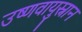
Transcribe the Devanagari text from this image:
उष्णवायुस्नान